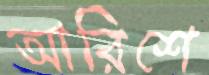
আরিশে